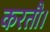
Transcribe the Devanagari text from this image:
करतौ।